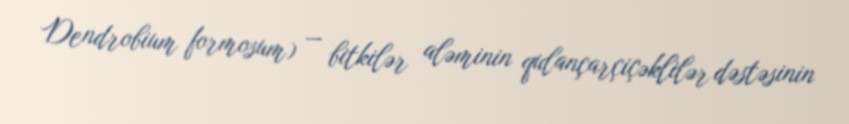
Dendrobium formosum) — bitkilər aləminin qulançarçiçəklilər dəstəsinin